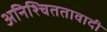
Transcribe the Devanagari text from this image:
अनिश्चिततावादी